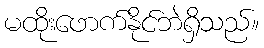
မထိုးဖောက်နိုင်ဘဲရှိသည်။